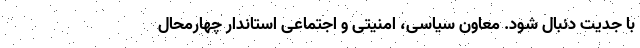
با جدیت دنبال شود. معاون سیاسی، امنیتی و اجتماعی استاندار چهارمحال